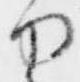
力